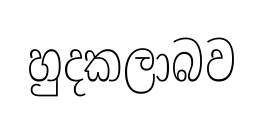
හුදකලාබව